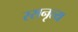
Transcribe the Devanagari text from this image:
रसनृत्य